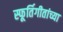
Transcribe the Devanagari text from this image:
स्फूर्तिगीतांच्या